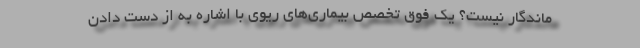
ماندگار نیست؟ یک فوق تخصص بیماری‌های ریوی با اشاره به از دست دادن